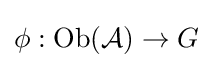
\phi :\mathrm {Ob} ({\mathcal {A}})\to G